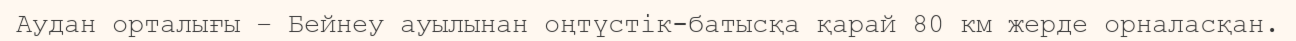
Аудан орталығы – Бейнеу ауылынан оңтүстік-батысқа қарай 80 км жерде орналасқан.